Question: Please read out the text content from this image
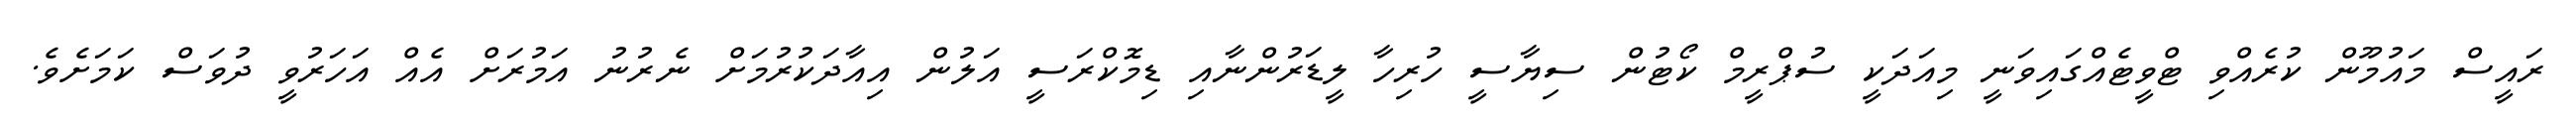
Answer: ރައީސް މައުމޫން ކުރެއްވި ޓްވީޓެއްގައިވަނީ މިއަދަކީ ސުޕްރީމް ކޯޓުން ސިޔާސީ ހުރިހާ ލީޑަރުންނާއި ޑިމޮކްރަސީ އަލުން އިއާދަކުރުމަށް ނެރުނު އަމުރަށް އެއް އަހަރުވީ ދުވަސް ކަމަށެވެ.